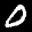
Label: 0